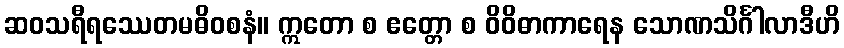
ဆဝသရီရဿေတမဓိဝစနံ။ ဣတော စ ဧတ္တော စ ဝိဝိဓာကာရေန သောဏသိင်္ဂါလာဒီဟိ